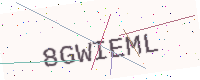
Text: 8GWIEML